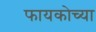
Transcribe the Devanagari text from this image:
फायकोच्या